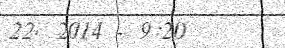
22